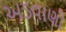
અડવાણી